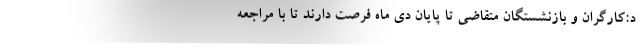
د:کارگران و بازنشستگان متقاضی تا پایان دی ماه فرصت دارند تا با مراجعه